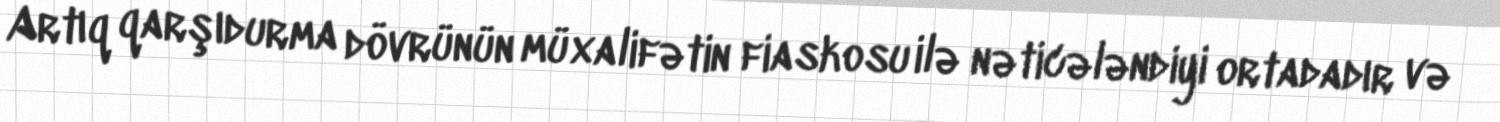
Artıq qarşıdurma dövrünün müxalifətin fiaskosu ilə nəticələndiyi ortadadır və